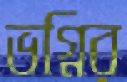
ভগ্নির